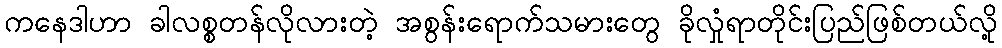
ကနေဒါဟာ ခါလစ္စတန်လိုလားတဲ့ အစွန်းရောက်သမားတွေ ခိုလှုံရာတိုင်းပြည်ဖြစ်တယ်လို့